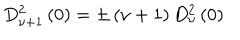
D _ { \nu + 1 } ^ { 2 } \left( 0 \right) = \pm \left( \nu + 1 \right) D _ { \nu } ^ { 2 } \left( 0 \right)